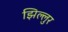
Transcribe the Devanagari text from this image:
झिल्लुर